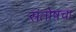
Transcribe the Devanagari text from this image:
संतोषचा